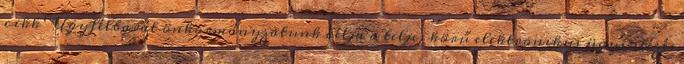
cikk Ügyfélbarát önkormányzatunk célja a teljes körű elektronikus ügyintézés